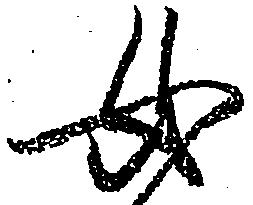
女